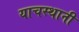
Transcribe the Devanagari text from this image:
याचस्थानी